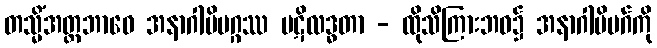
တသ္မိံအတ္တဘာဝေ အနာဂါမိမဂ္ဂဿ ပဋိလဒ္ဓတာ - ထိုသိကြားဘဝ၌ အနာဂါမိမဂ်ကို